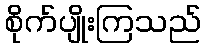
စိုက်ပျိုးကြသည်